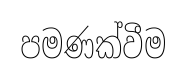
පමණක්වීම